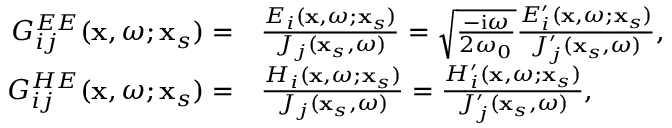
\begin{array} { r l } { G _ { i j } ^ { E E } ( \mathbf { x } , \omega ; \mathbf { x } _ { s } ) = } & { { } \frac { E _ { i } ( \mathbf { x } , \omega ; \mathbf { x } _ { s } ) } { J _ { j } ( \mathbf { x } _ { s } , \omega ) } = \sqrt { \frac { - \mathrm { i } \omega } { 2 \omega _ { 0 } } } \frac { E _ { i } ^ { \prime } ( \mathbf { x } , \omega ; \mathbf { x } _ { s } ) } { J _ { j } ^ { \prime } ( \mathbf { x } _ { s } , \omega ) } , } \\ { G _ { i j } ^ { H E } ( \mathbf { x } , \omega ; \mathbf { x } _ { s } ) = } & { { } \frac { H _ { i } ( \mathbf { x } , \omega ; \mathbf { x } _ { s } ) } { J _ { j } ( \mathbf { x } _ { s } , \omega ) } = \frac { H _ { i } ^ { \prime } ( \mathbf { x } , \omega ; \mathbf { x } _ { s } ) } { J _ { j } ^ { \prime } ( \mathbf { x } _ { s } , \omega ) } , } \end{array}